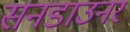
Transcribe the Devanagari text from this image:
सनडाउनर